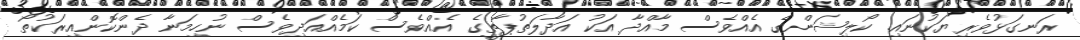
ރަނގަޅުވެރިޔަކުނައި. ކޯލިޝަންގެ އެއްވެސް މާއްދާ އަކު އަދާލަތުޕާތީގެ އެއްވެސް ކަމެއްއަދިވެސް ނުހިމަނާ ދެންކޮންއިރަކުތޯ